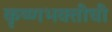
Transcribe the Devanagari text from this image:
कृष्णभक्तीची